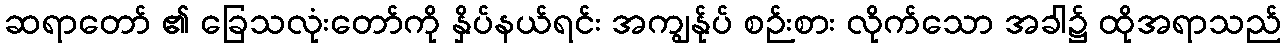
ဆရာတော် ၏ ခြေသလုံးတော်ကို နှိပ်နယ်ရင်း အကျွန်ုပ် စဉ်းစား လိုက်သော အခါ၌ ထိုအရာသည်